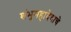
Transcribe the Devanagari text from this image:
शंभुमहादेवाचे